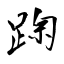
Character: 踘